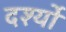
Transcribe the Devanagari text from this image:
दर्श्यों